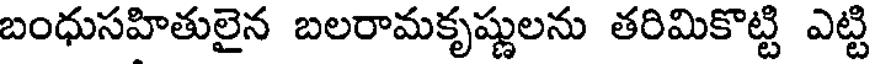
బంధుసహితులైన బలరామకృష్ణులను తరిమికొట్టి ఎట్టి